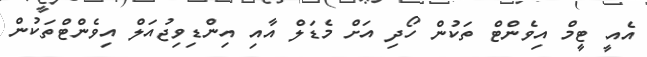
އެއީ ޓީމް އިވެންޓް ތަކުން ހޯދި އަށް މެޑަލް އާއި އިންޑިވިޖުއަލް އިވެންޓްތަކުން